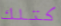
كتلك